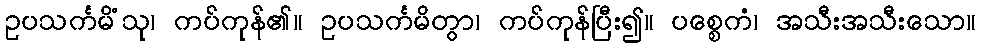
ဥပသင်္ကမိံသု၊ ကပ်ကုန်၏။ ဥပသင်္ကမိတွာ၊ ကပ်ကုန်ပြီး၍။ ပစ္စေကံ၊ အသီးအသီးသော။